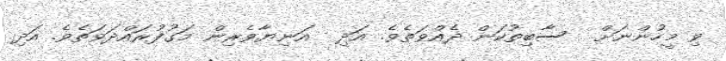
ވި މީހުންނަށް  ސާބިތުކަން ދެއްވަތެވެ. އަދި  އަނިޔާވެރިން މަގުފުރައްދަވަތެވެ. އަދި